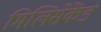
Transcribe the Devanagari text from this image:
मिलिसेकेंड